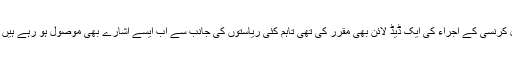
اس سے قبل خلیجی ریاستوں نے اگلے سال سے خطے میں سنگل کرنسی کے اجراء کی ایک ڈیڈ لائن بھی مقرر کی تھی تاہم کئی ریاستوں کی جانب سے اب ایسے اشارے بھی موصول ہو رہے ہیں کہ اس حوالے سے مقررہ وقت میں توسیع بھی کی جا سکتی ہے۔